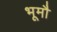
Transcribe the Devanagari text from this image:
भूमौ